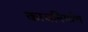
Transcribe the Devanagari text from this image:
काचनिर्माण